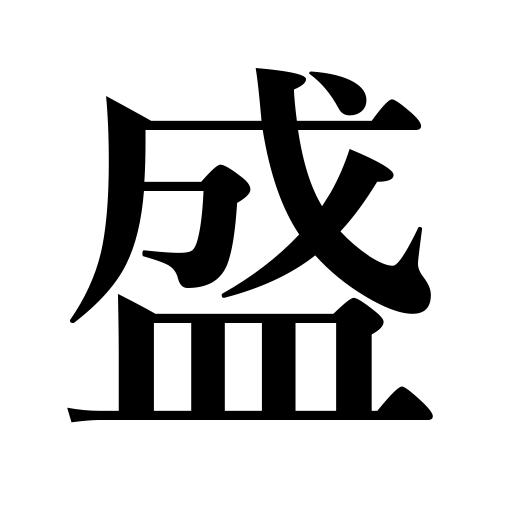
Meanings: energetic,copulate animals,prosperous,flourish,prescribe or give medicine,successful meeting,extensive,furious attack,poison,fill,large,popular,serve,enthusiastic,keen competition,prosper,graduate,heap up,mark out